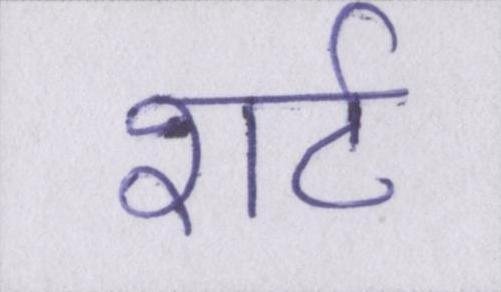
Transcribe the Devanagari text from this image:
शर्ट